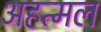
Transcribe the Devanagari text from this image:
अहत्मल